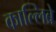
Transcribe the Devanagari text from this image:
काल्लिब्रे